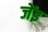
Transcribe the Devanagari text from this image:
जेंइ